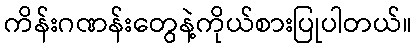
ကိန်းဂဏန်းတွေနဲ့ကိုယ်စားပြုပါတယ်။